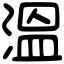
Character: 溫